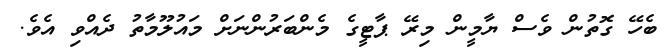
ބެހޭ ގޮތުން ވެސް ޔާމީން މިރޭ ޕާޓީގެ މެންބަރުންނަށް މައުލޫމާތު ދެއްވި އެވެ.